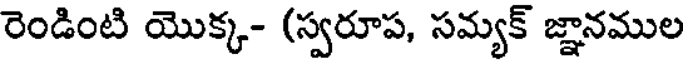
రెండింటి యొక్క- (స్వరూప, సమ్యక్ జ్ఞానముల